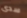
سدى